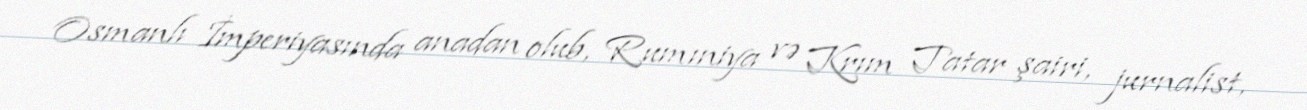
Osmanlı İmperiyasında anadan olub, Rumıniya və Krım Tatar şairi, jurnalist,